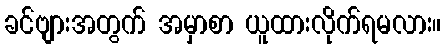
ခင်ဗျားအတွက် အမှာစာ ယူထားလိုက်ရမလား။